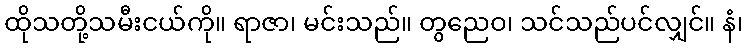
ထိုသတို့သမီးငယ်ကို။ ရာဇာ၊ မင်းသည်။ တွညေဝ၊ သင်သည်ပင်လျှင်။ နံ၊